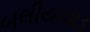
બલીયાવાડ